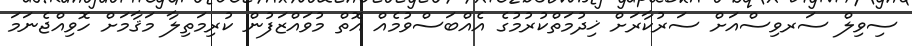
ސިވިލް ސަރވިސްއަށް ސަރުކާރަށް ޚިދުމަތްކުރުމުގެ އެއްބަސްވުމެއް އޮތް މުވައްޒަފުން ކުރިމަތިލާ މަޤާމަށް ހޮވިއްޖެނަމަ